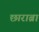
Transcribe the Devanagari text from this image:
छाराब्रा